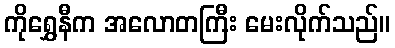
ကိုရွှေနီက အလောတကြီး မေးလိုက်သည်။